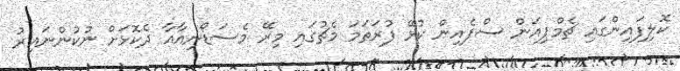
ކޮލިފައިންގައި ޗެމްޕިއަން ސްޕެއިން ކުޅޭ ފުރަތަމަ މެޗުގައި މިރޭ މެސަޑޯނިއާއާ ދެކޮޅަށް ނުކުންނައިރު